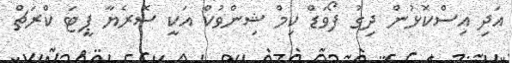
އަދި އިސްކޮޅުން ދިގު ފޯވަޑް ކިމް ޝިންވުކް އަކީ ސޮރެޔާ ޕީޓަ ކްރަޗް